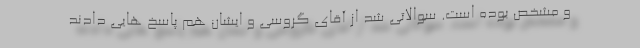
و مشخص بوده است. سوالاتی شد از آقای گروسی و ایشان هم پاسخ هایی دادند